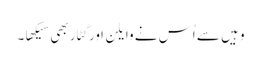
وہِیں سے اُس نے وایلِن اَور گِٹار بھی سِیکھا۔